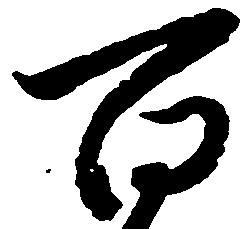
百